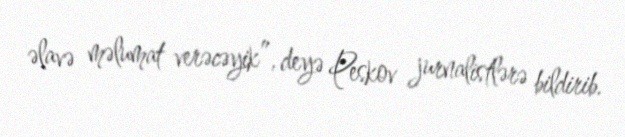
əlavə məlumat verəcəyik”, deyə Peskov jurnalistlərə bildirib.